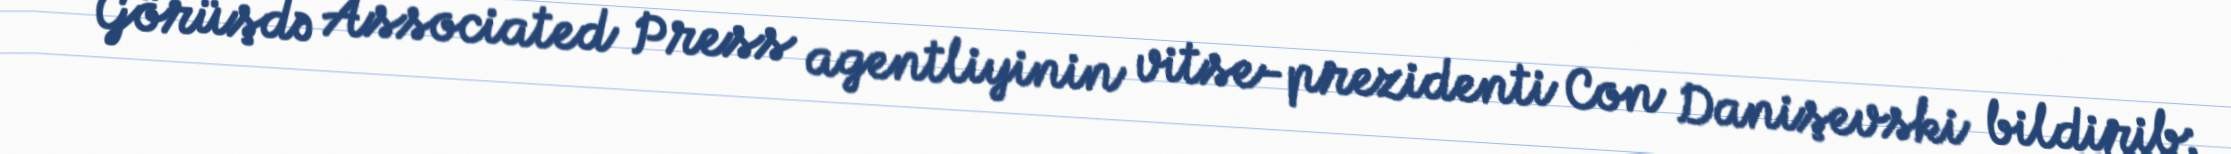
Görüşdə Associated Press agentliyinin vitse-prezidenti Con Danişevski bildirib: